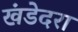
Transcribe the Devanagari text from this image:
खंडेदरा